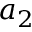
a _ { 2 }